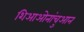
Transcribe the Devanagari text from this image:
शिआओनांचुआन